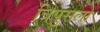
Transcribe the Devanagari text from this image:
त्रिपुराला